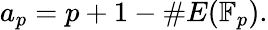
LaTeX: a_{p}=p+1-\# E(\mathbb{F}_{p}).